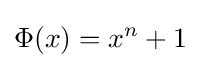
\Phi (x)=x^{n}+1